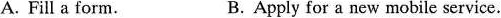
A. Fill a form. B. Apply for a new mobile service.